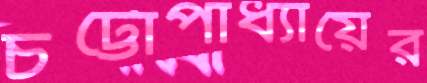
চট্টোপাধ্যায়ের